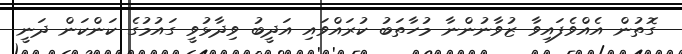
ގޮތުން އެއްވެފައިވާ ޒުވާނުންނާ މުހާތަބު ކުރައްވައި އަދީބު ވިދާޅުވީ ގައުމުގެ ކަންކަން ދަނީ